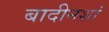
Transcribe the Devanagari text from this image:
बादीनशां